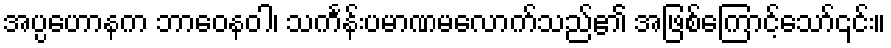
အပ္ပဟောနက ဘာဝေနဝါ၊ သင်္ကန်းပမာဏမလောက်သည်၏ အဖြစ်ကြောင့်သော်၎င်း။